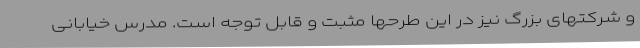
و شرکتهای بزرگ نیز در این طرحها مثبت و قابل توجه است. مدرس خیابانی